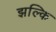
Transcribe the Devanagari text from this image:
झल्कि